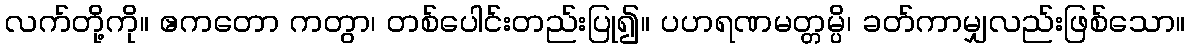
လက်တို့ကို။ ဧကတော ကတွာ၊ တစ်ပေါင်းတည်းပြု၍။ ပဟရဏမတ္တမ္ပိ၊ ခတ်ကာမျှလည်းဖြစ်သော။